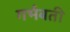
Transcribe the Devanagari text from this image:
गर्भबती